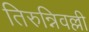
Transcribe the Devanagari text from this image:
तिरुन्निवल्ली